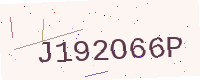
Text: J192O66P